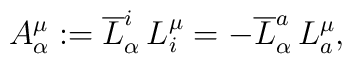
A^{\mu}_{\alpha}:=\overline{L}^{i}_{\alpha}\,L^{\mu}_{i}=-\overline{L}^{a}_{\alpha}\,L^{\mu}_{a},